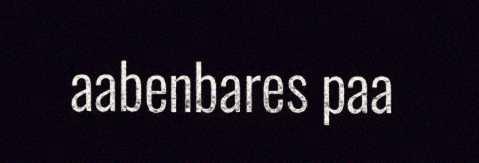
aabenbares paa